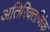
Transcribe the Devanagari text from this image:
अतिरिक्तजिंक